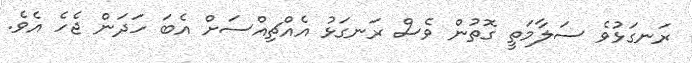
ރަނގަޅުވެ ސަލާމަތީ ގޮތުން ވެސް ރަނގަޅު އެއްޗިއްސަށް އެބަ ހަދަން ޖެހެ އެވެ.